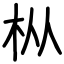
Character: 枞